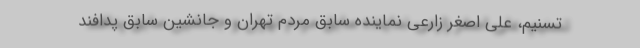
تسنیم، علی اصغر زارعی نماینده سابق مردم تهران و جانشین سابق پدافند